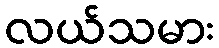
လယ်သမား